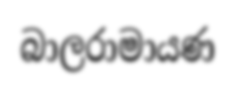
බාලරාමායණ